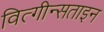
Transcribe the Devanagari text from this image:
वित्गीन्सताइन